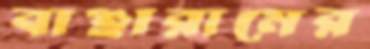
বাঞ্ছারামের